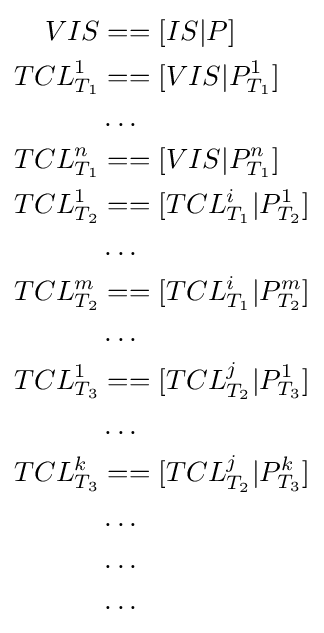
{\begin{aligned}VIS&==[IS|P]\\TCL_{T_{1}}^{1}&==[VIS|P_{T_{1}}^{1}]\\&\dots \\TCL_{T_{1}}^{n}&==[VIS|P_{T_{1}}^{n}]\\TCL_{T_{2}}^{1}&==[TCL_{T_{1}}^{i}|P_{T_{2}}^{1}]\\&\dots \\TCL_{T_{2}}^{m}&==[TCL_{T_{1}}^{i}|P_{T_{2}}^{m}]\\&\dots \\TCL_{T_{3}}^{1}&==[TCL_{T_{2}}^{j}|P_{T_{3}}^{1}]\\&\dots \\TCL_{T_{3}}^{k}&==[TCL_{T_{2}}^{j}|P_{T_{3}}^{k}]\\&\dots \\&\dots \\&\dots \end{aligned}}